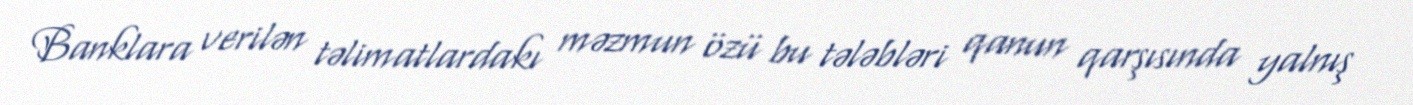
Banklara verilən təlimatlardakı məzmun özü bu tələbləri qanun qarşısında yalnış